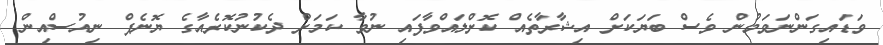
ވަޑައިގަންނަވަމުން ވެސް ބަޔަކަށް އިޝާރާތެއް ކޮށްލައްވާފައި ނުވާ ކަމަށް ދެކުނުކޮރެއާގެ ޔޮނެޕް ނިއުސްއިން